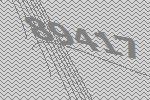
89417